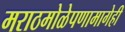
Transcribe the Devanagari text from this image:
मराठमोळेपणामागेही